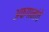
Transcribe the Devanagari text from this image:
अफगानांचे